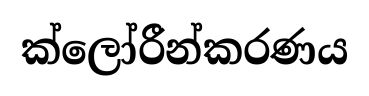
ක්ලෝරීන්කරණය